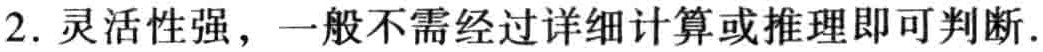
2. 灵活性强，一般不需经过详细计算或推理即可判断.